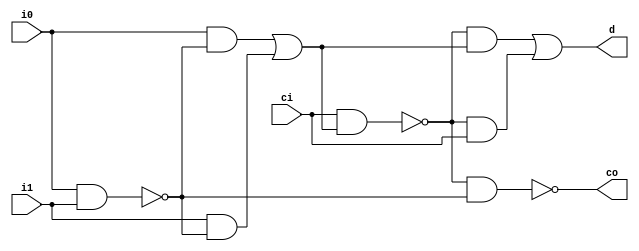
//////////////////////////////////////////////////////////////////////////////////
// Module Name: compressor_3_2 
// Description: 32,
//              
//              ,MOS
// Resource:     //--------------------------------------------
                 //|  Gate  |  Gate count  | Transistor count  |
                 //--------------------------------------------
                 //|  AND   |  0           | 0                 | 
                 //|  OR    |  0           | 0                 |
                 //|  NOT   |  2           | 4                 |  
                 //|  NAND  |  3           | 12                |
                 //|  NOR   |  0           | 0                 | 
                 //|  AOI4  |  2           | 16                |
                 //|  XNOR  |  0           | 0                 |
                 //|  XOR   |  0           | 0                 |
                 //---------------------------------------------
                 //| summary|  7           | 32                |
                 //---------------------------------------------
//////////////////////////////////////////////////////////////////////////////////
`timescale 1ns / 1ps

module compressor_3_2(
        input wire i0   ,
        input wire i1   ,
        input wire ci   ,
        
        output wire co  ,
        output wire d   
    );
    
    //()
    wire i0_nand_i1     ; //i0i1,
    wire AOI_o1         ; //(AOI4)
    wire xor_o1         ; //""
    wire xoro1_nand_ci  ; //xor_o1ci,
    wire AOI_o2         ; //(AOI4)
    
    
    //
    //(NAND)
    assign i0_nand_i1       = ~(i0 & i1);
    
    //(AOI4)
    assign AOI_o1           = ~((i0 & i0_nand_i1) | (i1 & i0_nand_i1));
    
    //(NOT)
    assign xor_o1           = ~AOI_o1;
    
    //(NAND)
    assign xoro1_nand_ci    = ~(ci & xor_o1);
    
    //(AOI4)
    assign AOI_o2           = ~((xoro1_nand_ci & xor_o1) | (xoro1_nand_ci & ci));
    
    //
    //(NOT)
    assign d                = ~AOI_o2;
    //(NAND)
    assign co               = ~(xoro1_nand_ci & i0_nand_i1);
    
    
endmodule